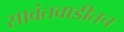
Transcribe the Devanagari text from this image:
सावंतवाडीतच